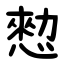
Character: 愸